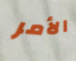
الأمر